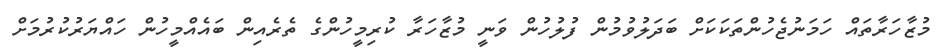
މުޒާހަރާތައް ހަމަނުޖެހުންތަކަކަށް ބަދަލުވުމުން ފުލުހުން ވަނީ މުޒާހަރާ ކުރިމީހުންގެ ތެރެއިން ބައެއްމީހުން ހައްޔަރުކުރުމަށް